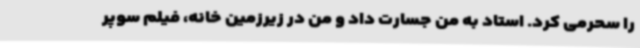
را سحرمی کرد. استاد به من جسارت داد و من در زیرزمین خانه، فیلم سوپر